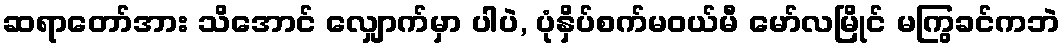
ဆရာတော်အား သိအောင် လျှောက်မှာ ပါပဲ, ပုံနှိပ်စက်မဝယ်မီ မော်လမြိုင် မကြွခင်ကဘဲ